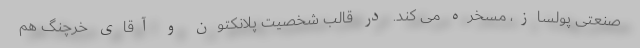
صنعتی پولساز، مسخره می کند. در قالب شخصیت پلانکتون و آقای خرچنگ هم